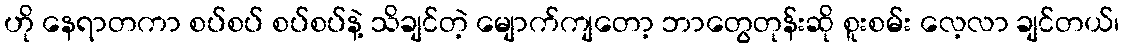
ဟို နေရာတကာ စပ်စပ် စပ်စပ်နဲ့ သိချင်တဲ့ မျောက်ကျတော့ ဘာတွေတုန်းဆို စူးစမ်း လေ့လာ ချင်တယ်၊